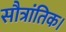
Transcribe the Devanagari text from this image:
सौत्रांतिक।